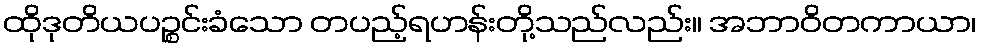
ထိုဒုတိယပဉ္စင်းခံသော တပည့်ရဟန်းတို့သည်လည်း။ အဘာဝိတကာယာ၊